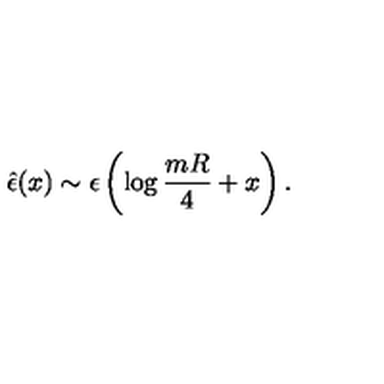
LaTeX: { \hat { \epsilon } } ( x ) \sim \epsilon \left( \log { \frac { m R } { 4 } } + x \right) .